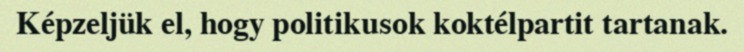
Képzeljük el, hogy politikusok koktélpartit tartanak.